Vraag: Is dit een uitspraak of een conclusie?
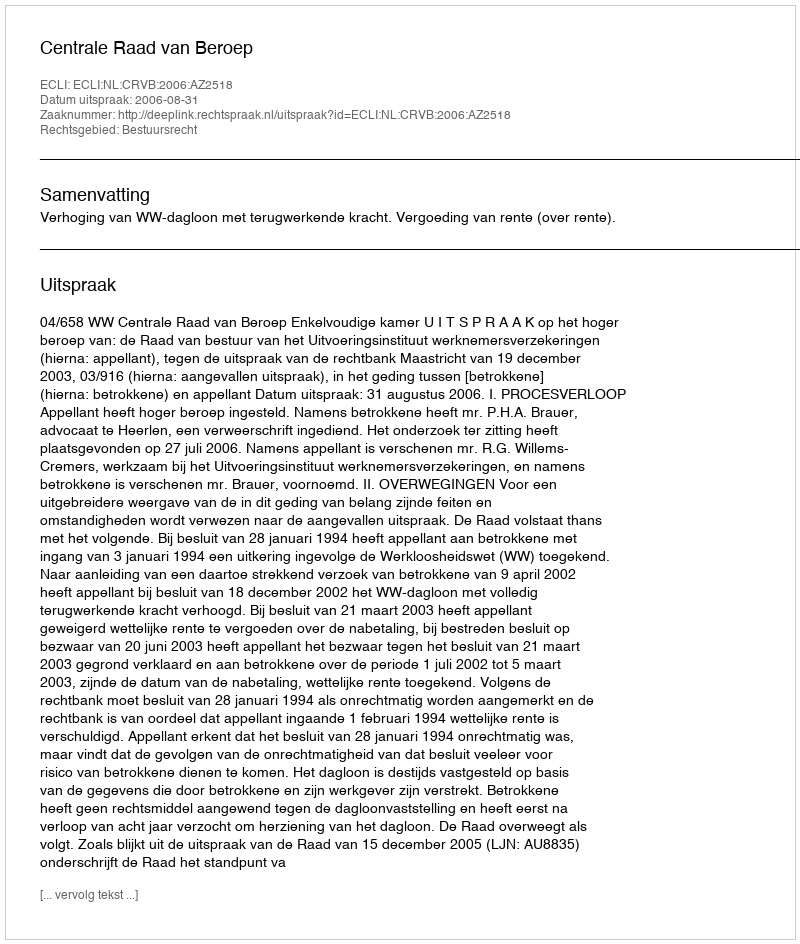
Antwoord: Uitspraak